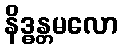
နိဒ္ဓန္တမလော